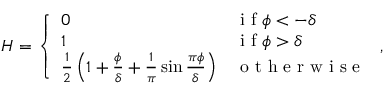
\begin{array} { r } { H = \left\{ \begin{array} { l l } { 0 } & { \textrm { i f } \phi < - \delta } \\ { 1 } & { \textrm { i f } \phi > \delta } \\ { \frac { 1 } { 2 } \left( 1 + \frac { \phi } { \delta } + \frac { 1 } { \pi } \sin \frac { \pi \phi } { \delta } \right) } & { \mathrm { ~ o ~ t ~ h ~ e ~ r ~ w ~ i ~ s ~ e ~ } } \end{array} \right. , } \end{array}